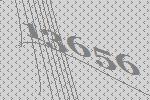
13656